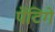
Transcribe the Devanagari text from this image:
पेंटिगे